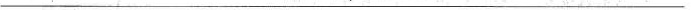
___